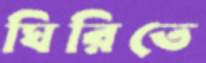
ঘিরিতে